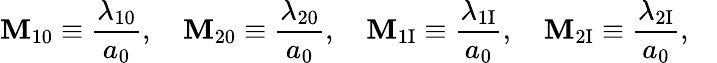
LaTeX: \mathbf{M}_{10}\equiv\frac{{\lambda_{10}}}{{a_{0}}},\quad\mathbf{M}_{20}\equiv\frac{{\lambda_{20}}}{{a_{0}}},\quad\mathbf{M}_{\mathrm{{1I}}}\equiv\frac{{\lambda_{\mathrm{{1I}}}}}{{a_{0}}},\quad\mathbf{M}_{\mathrm{{2I}}}\equiv\frac{{\lambda_{\mathrm{{2I}}}}}{{a_{0}}},\quad